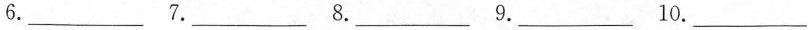
6. ___ 7. ___ 8. ___ 9. ___ 10. ___